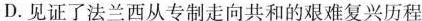
D.见证了法兰西从专制走向共和的艰难复兴历程